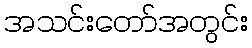
အသင်းတော်အတွင်း